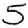
Digit: 5